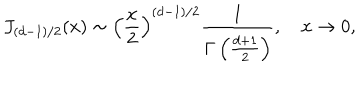
LaTeX: J _ { ( d - 1 ) / 2 } ( x ) \sim \left( { \frac { x } { 2 } } \right) ^ { ( d - 1 ) / 2 } { \frac { 1 } { \Gamma \left( { \frac { d + 1 } { 2 } } \right) } } , \quad x \to 0 ,